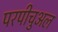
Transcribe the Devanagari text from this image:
परपीचुअल